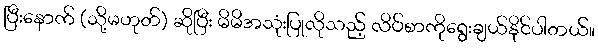
ပြီးနောက် (သို့မဟုတ်) ဆိုပြီး မိမိအသုံးပြုလိုသည့် လိပ်စာကိုရွေးချယ်နိုင်ပါတယ်။